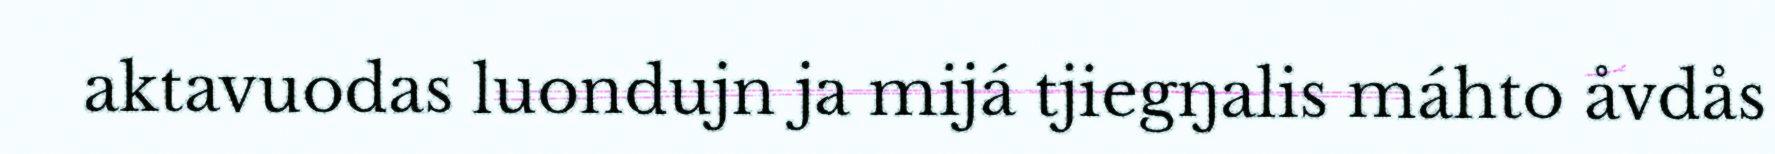
aktavuodas luondujn ja mijá tjiegŋalis máhto åvdås